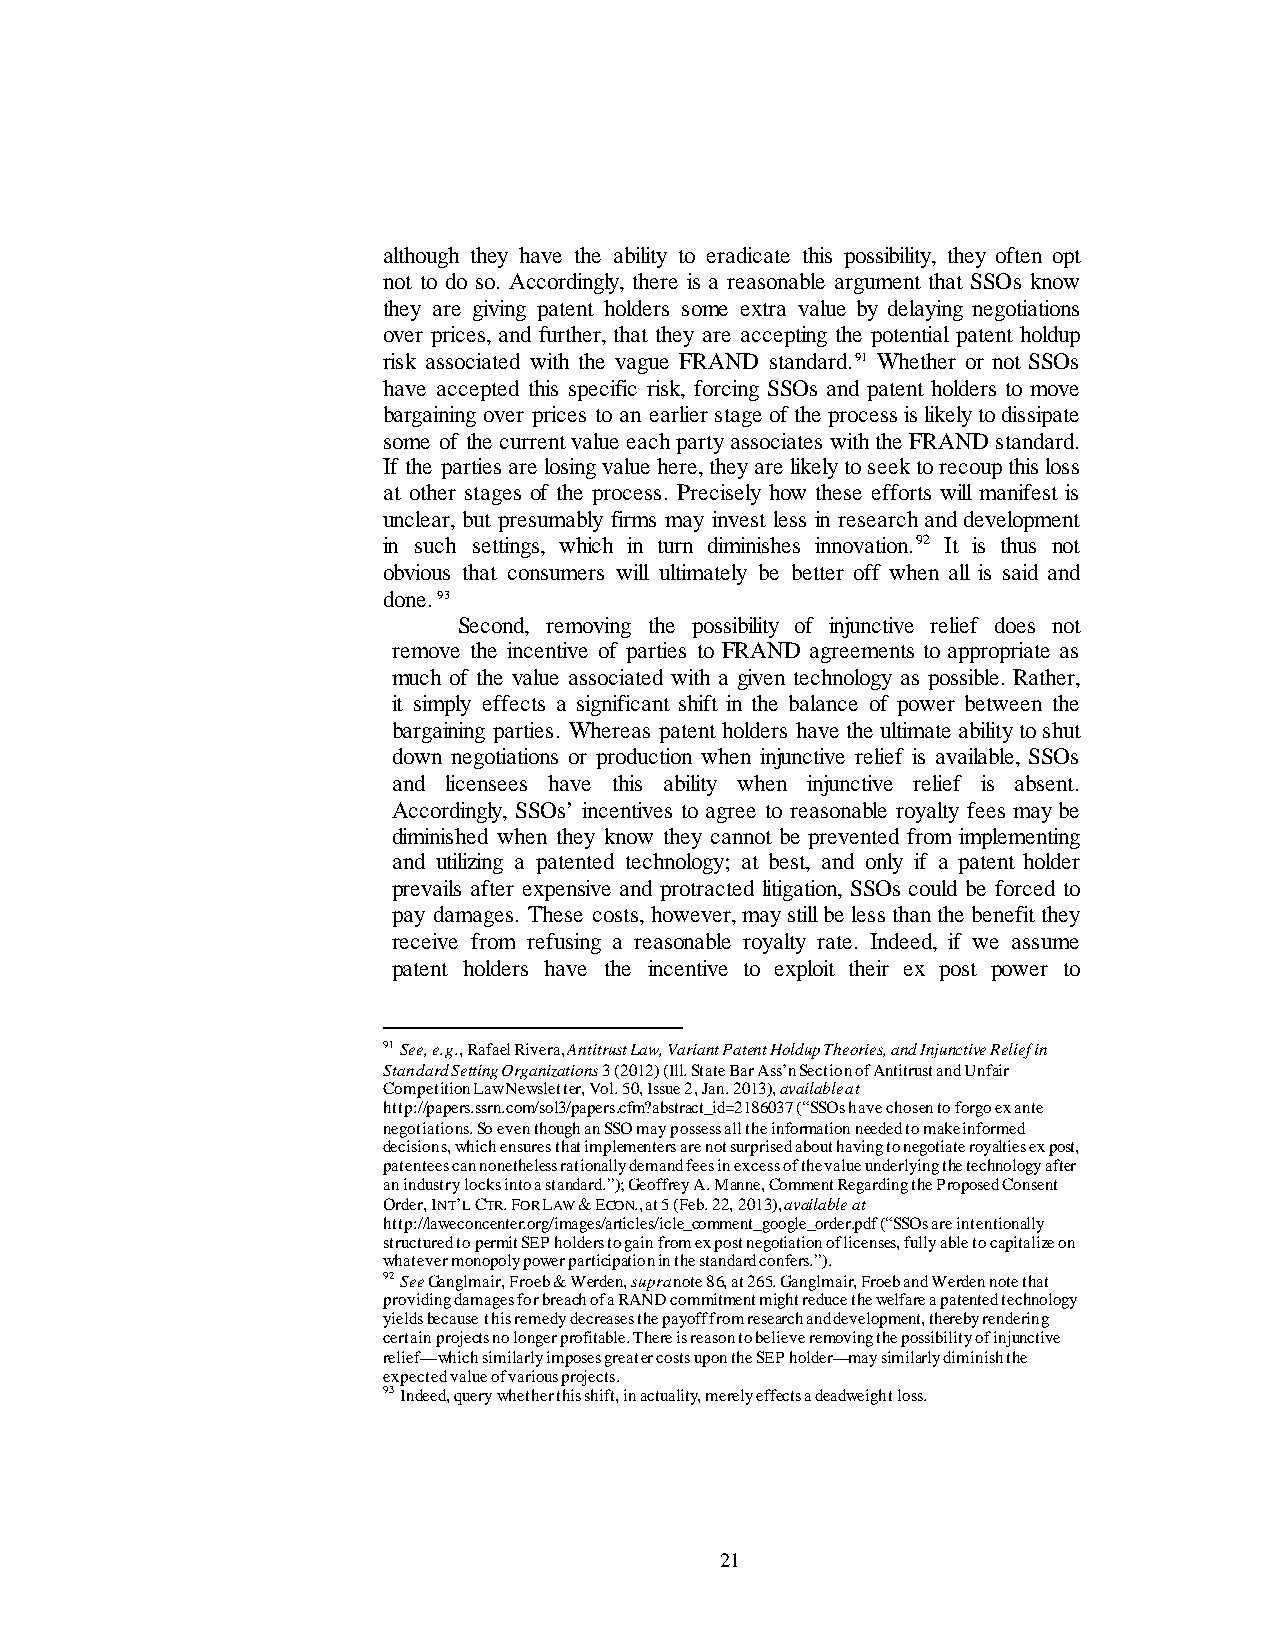
although they have the ability to eradicate this possibility, they often opt
 not to do so. Accordingly, there is a reasonable argument that SSOs know
 they are giving patent holders some extra value by delaying negotiations
 over prices, and further, that they are accepting the potential patent holdup
 risk associated with the vague FRAND standard.91 Whether or not SSOs
 have accepted this specific risk, forcing SSOs and patent holders to move
 bargaining over prices to an earlier stage of the process is likely to dissipate
 some of the current value each party associates with the FRAND standard.
 If the parties are losing value here, they are likely to seek to recoup this loss
 at other stages of the process. Precisely how these efforts will manifest is
 unclear, but presumably firms may invest less in research and development
 in such settings, which in turn diminishes innovation.92 It is thus not
 obvious that consumers will ultimately be better off when all is said and
 done. 93
 Second, removing the possibility of injunctive relief does not
 remove the incentive of parties to FRAND agreements to appropriate as
 much of the value associated with a given technology as possible. Rather,
 it simply effects a significant shift in the balance of power between the
 bargaining parties. Whereas patent holders have the ultimate ability to shut
 down negotiations or production when injunctive relief is available, SSOs
 and licensees have this ability when injunctive relief is absent.
 Accordingly, SSOs’ incentives to agree to reasonable royalty fees may be
 diminished when they know they cannot be prevented from implementing
 and utilizing a patented technology; at best, and only if a patent holder
 prevails after expensive and protracted litigation, SSOs could be forced to
 pay damages. These costs, however, may still be less than the benefit they
 receive from refusing a reasonable royalty rate. Indeed, if we assume
 patent holders have the incentive to exploit their ex post power to
 91 See, e.g., Rafael Rivera, Antitrust Law, Variant Patent Holdup Theories, and Injunctive Relief in
 Standard Setting Organizations 3 (2012) (Ill. State Bar Ass’n Section of Antitrust and Unfair
 Competition Law Newsletter, Vol. 50, Issue 2, Jan. 2013), available at
 http://papers.ssrn.com/sol3/papers.cfm?abstract_id=2186037 (“SSOs have chosen to forgo ex ante
 negotiations. So even though an SSO may possess all the information needed to make informed
 decisions, which ensures that implementers are not surprised about having to negotiate royalties ex post,
 patentees can nonetheless rationally demand fees in excess of the value underlying the technology after
 an industry locks into a standard.”); Geoffrey A. Manne, Comment Regarding the Proposed Consent
 Order, INT’L CTR. FOR LAW & ECON., at 5 (Feb. 22, 2013), available at
 http://laweconcenter.org/images/articles/icle_comment_google_order.pdf (“SSOs are intentionally
 structured to permit SEP holders to gain from ex post negotiation of licenses, fully able to capitalize on
 whatever monopoly power participation in the standard confers.”).
 92 See Ganglmair, Froeb & Werden, supra note 86, at 265. Ganglmair, Froeb and Werden note that
 providing damages for breach of a RAND commitment might reduce the welfare a patented technology
 yields because this remedy decreases the payoff from research and development, thereby rendering
 certain projects no longer profitable. There is reason to believe removing the possibility of injunctive
 relief—which similarly imposes greater costs upon the SEP holder—may similarly diminish the
 expected value of various projects.
 93 Indeed, query whether this shift, in actuality, merely effects a deadweight loss.
 21